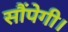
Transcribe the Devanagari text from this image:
सौंपेगी।